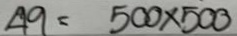
49 = 500 x 500